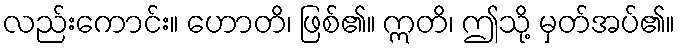
လည်းကောင်း။ ဟောတိ၊ ဖြစ်၏။ ဣတိ၊ ဤသို့ မှတ်အပ်၏။